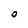
Character: O